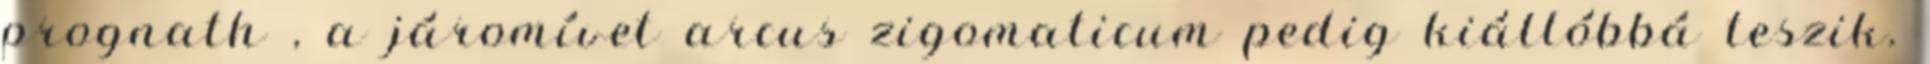
prognath , a járomívet arcus zigomaticum pedig kiállóbbá teszik.